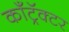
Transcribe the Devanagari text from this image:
कॉँट्रॅक्टर